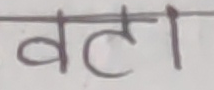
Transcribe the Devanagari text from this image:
वटा